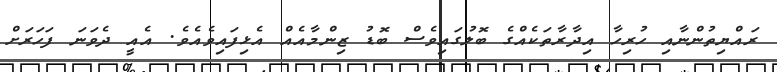
ރައްޔިތުންނާއި ހުރިހާ އިދާރާތަކެއްގެ ބޮލުގައިވެސް ބޮޑު ޒިންމާއެއް އެޅިފައިވެއެވެ. އެއީ ދެވަނަ ފަހަރަށް